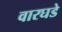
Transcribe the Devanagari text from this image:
वारघडे